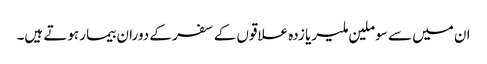
ان میں سے سو ملین ملیریا زدہ علاقوں کے سفر کے دوران بیمار ہوتے ہیں۔